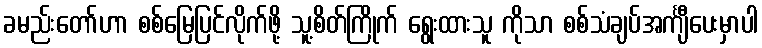
ခမည်းတော်ဟာ စစ်မြေပြင်လိုက်ဖို့ သူ့စိတ်ကြိုက် ရွေးထားသူ ကိုသာ စစ်သံချပ်အင်္ကျီပေးမှာပါ